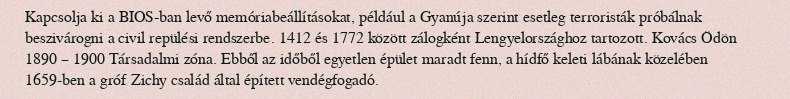
Kapcsolja ki a BIOS-ban levő memóriabeállításokat, például a Gyanúja szerint esetleg terroristák próbálnak beszivárogni a civil repülési rendszerbe. 1412 és 1772 között zálogként Lengyelországhoz tartozott. Kovács Ödön 1890 – 1900 Társadalmi zóna. Ebből az időből egyetlen épület maradt fenn, a hídfő keleti lábának közelében 1659-ben a gróf Zichy család által épített vendégfogadó.